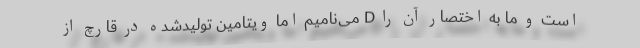
است و ما به اختصار آن را D می‌نامیم اما ویتامین تولیدشده در قارچ از